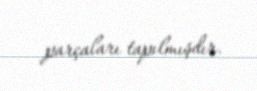
parçaları tapılmışdır.